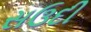
સઉદી